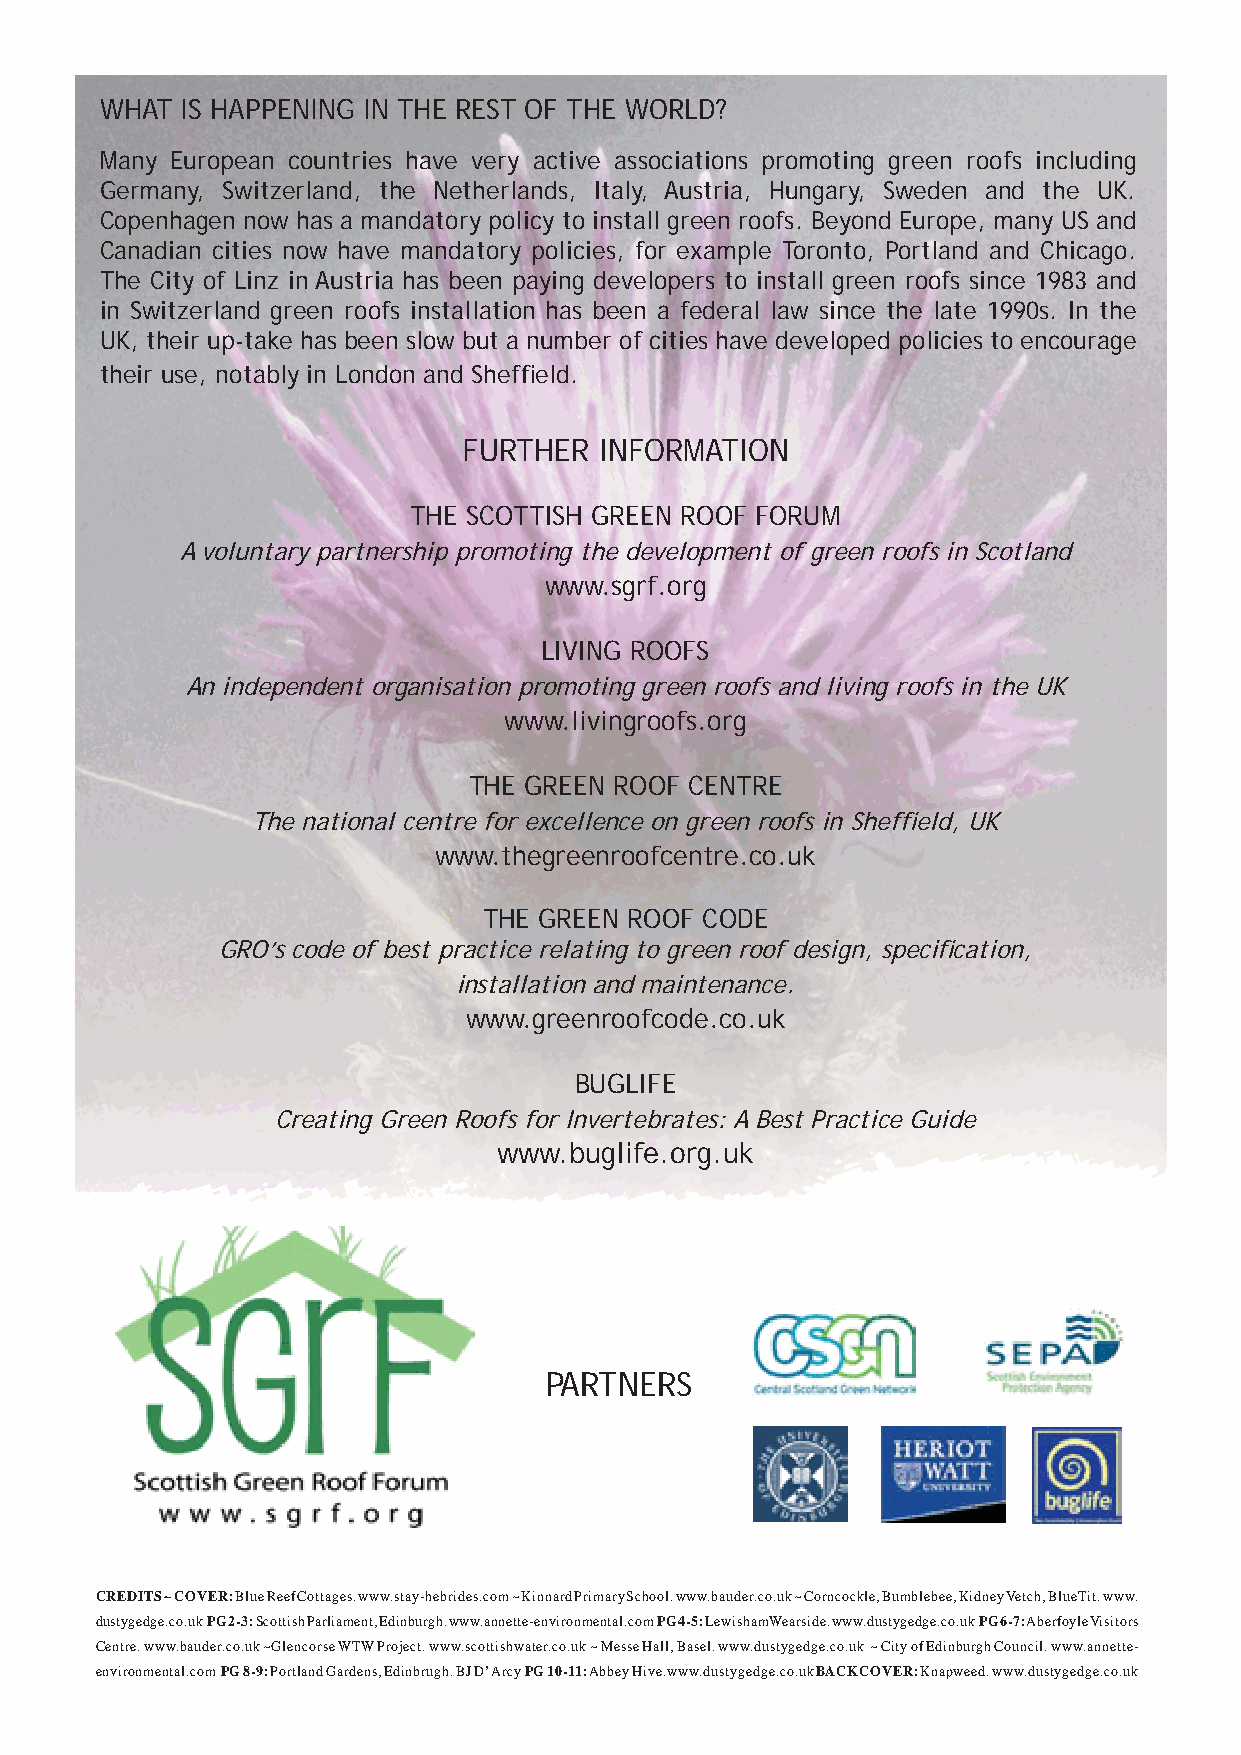
WHAT IS HAPPENING IN THE REST OF THE WORLD?
 Many European countries have very active associations promoting green roofs including
 Germany, Switzerland, the Netherlands, Italy, Austria, Hungary, Sweden and the UK.
 Copenhagen now has a mandatory policy to install green roofs. Beyond Europe, many US and
 Canadian cities now have mandatory policies, for example Toronto, Portland and Chicago.
 The City of Linz in Austria has been paying developers to install green roofs since 1983 and
 in Switzerland green roofs installation has been a federal law since the late 1990s. In the
 UK, their up-take has been slow but a number of cities have developed policies to encourage
 their use, notably in London and Sheffi eld.
 FURTHER  INFORMATION
 THE SCOTTISH GREEN ROOF FORUM
 A voluntary partnership promoting the development of green roofs in Scotland
 www.sgrf.org
 LIVING ROOFS
 An independent organisation promoting green roofs and living roofs in the UK
 www.livingroofs.org
 THE GREEN ROOF CENTRE
 The national centre for excellence on green roofs in Sheffi eld, UK
 www.thegreenroofcentre.co.uk
 THE GREEN ROOF CODE
 GRO’s code of best practice relating to green roof design, specifi cation,
 installation and maintenance.
 www.greenroofcode.co.uk
 BUGLIFE
 Creating Green Roofs for Invertebrates: A Best Practice Guide
 www.buglife.org.uk
 PARTNERS
 CREDITS ~COVER: Blue Reef Cottages. www.stay-hebrides.com ~ Kinnard Primary School. www.bauder.co.uk ~ Corncockle, Bumblebee, Kidney Vetch, Blue Tit. www.
 dustygedge.co.uk PG 2-3: Scottish Parliament, Edinburgh. www.annette-environmental.com PG 4-5: Lewisham Wearside. www.dustygedge.co.uk PG 6-7: Aberfoyle Visitors
 Centre. www.bauder.co.uk ~Glencorse WTW Project. www.scottishwater.co.uk ~ Messe Hall, Basel. www.dustygedge.co.uk ~ City of Edinburgh Council. www.annette-
 environmental.com PG 8-9: Portland Gardens, Edinbrugh. BJ D’Arcy PG 10-11: Abbey Hive. www.dustygedge.co.uk BACKCOVER: Knapweed. www.dustygedge.co.uk